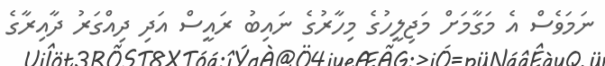
ނަމަވެސް އެ މަގާމަށް މަޖިލީހުގެ މިހާރުގެ ނައިބު ރައީސް އަދި ދިއްގަރު ދާއިރާގެ